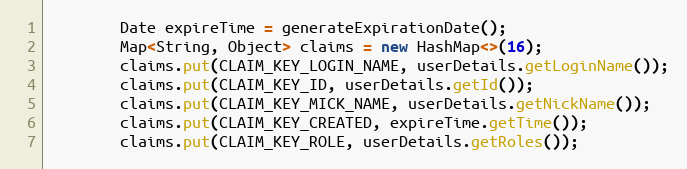
Language: Java
        Date expireTime = generateExpirationDate();
        Map<String, Object> claims = new HashMap<>(16);
        claims.put(CLAIM_KEY_LOGIN_NAME, userDetails.getLoginName());
        claims.put(CLAIM_KEY_ID, userDetails.getId());
        claims.put(CLAIM_KEY_MICK_NAME, userDetails.getNickName());
        claims.put(CLAIM_KEY_CREATED, expireTime.getTime());
        claims.put(CLAIM_KEY_ROLE, userDetails.getRoles());